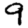
Digit: 9